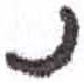
אות: נ